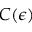
C ( \epsilon )